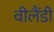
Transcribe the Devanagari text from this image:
वीलैंडी